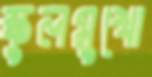
স্কুলমুখো